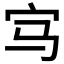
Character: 𡧁